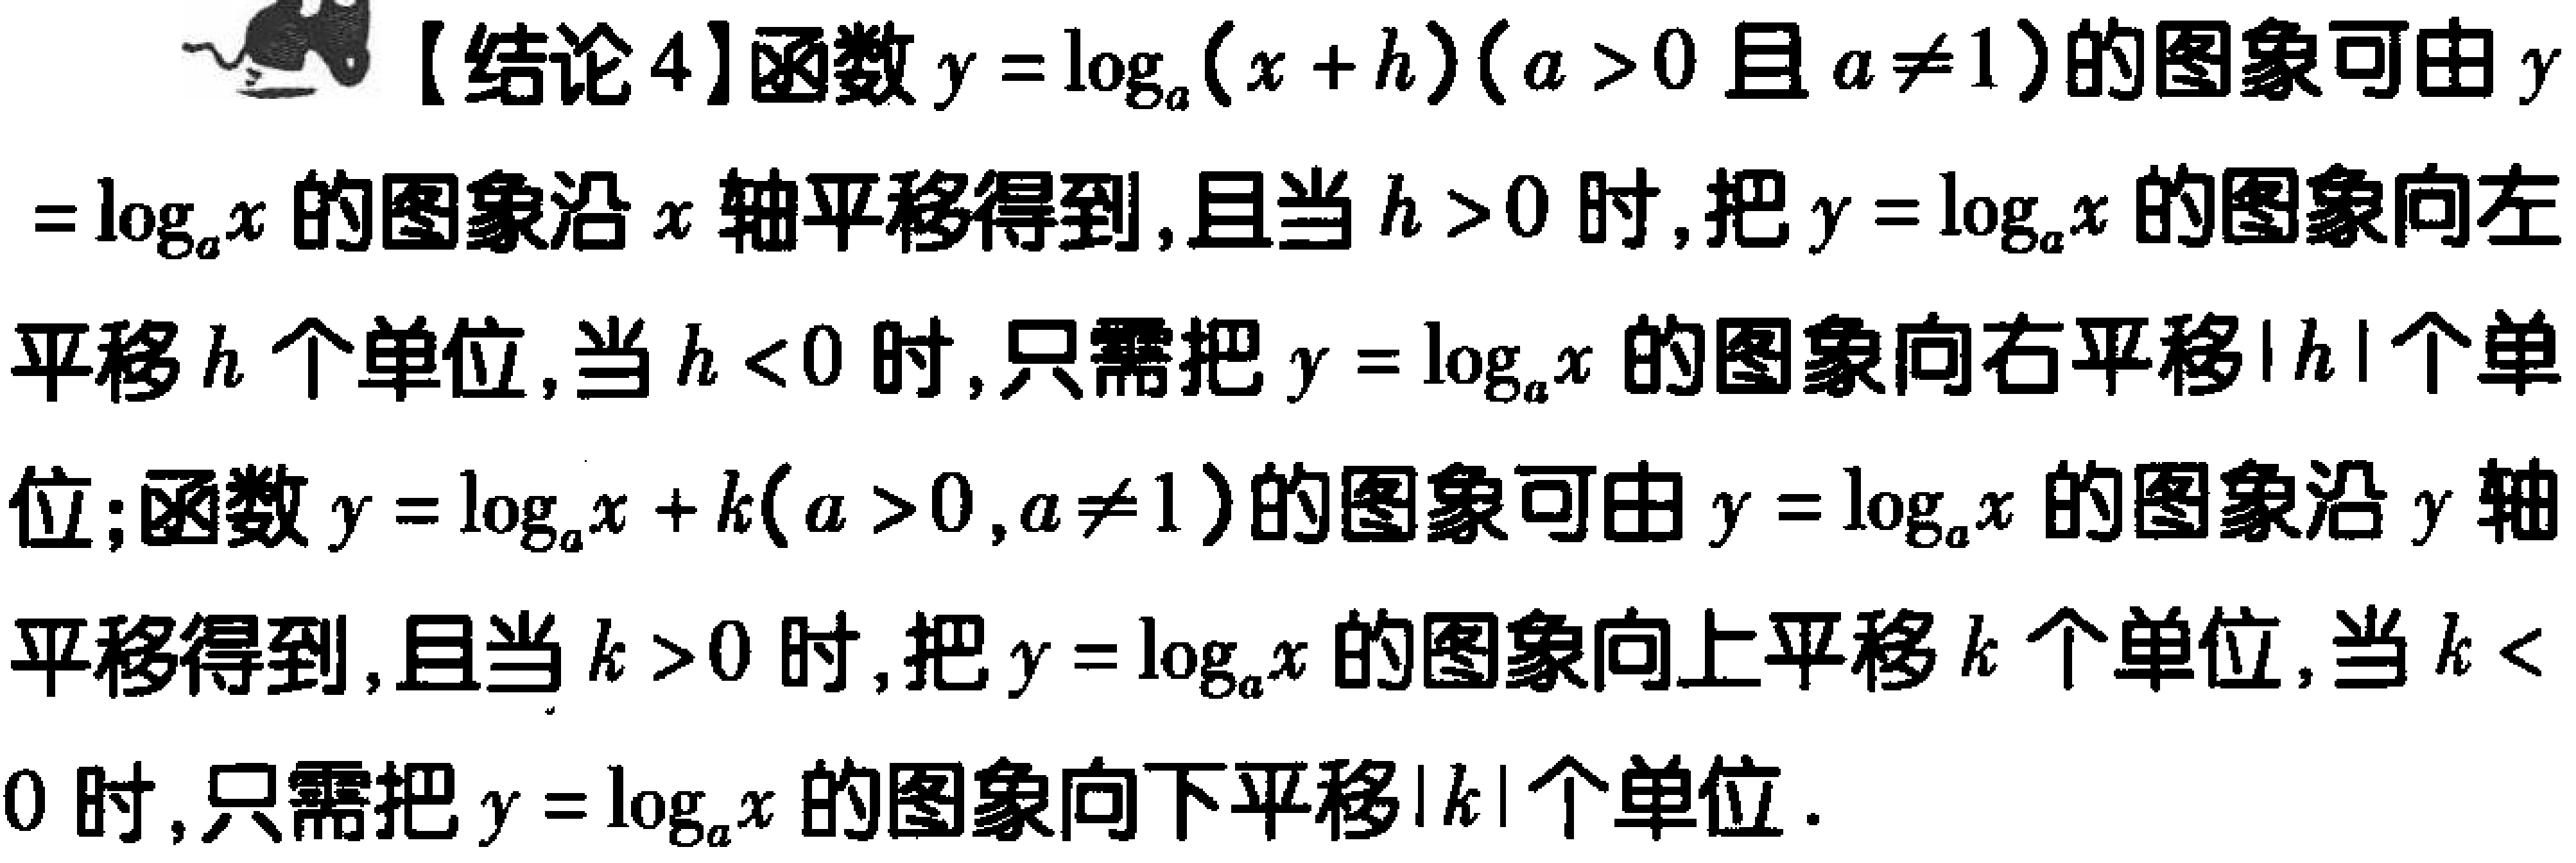
【结论4】函数\(y = \log_{a}(x + h)(a > 0\)且\(a\neq1)\)的图象可由\(y=\log_{a}x\)的图象沿\(x\)轴平移得到,且当\(h > 0\)时,把\(y = \log_{a}x\)的图象向左平移\(h\)个单位,当\(h < 0\)时,只需把\(y = \log_{a}x\)的图象向右平移\(\vert h\vert\)个单位;函数\(y = \log_{a}x + k(a > 0,a\neq1)\)的图象可由\(y = \log_{a}x\)的图象沿\(y\)轴平移得到,且当\(k > 0\)时,把\(y = \log_{a}x\)的图象向上平移\(k\)个单位,当\(k < 0\)时,只需把\(y = \log_{a}x\)的图象向下平移\(\vert k\vert\)个单位.